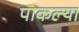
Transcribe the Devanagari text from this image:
पाकल्या